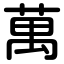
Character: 萬